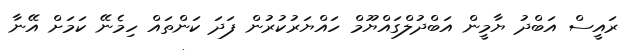
ރައީސް އަބްދު ޔާމީން އަބްދުލްގައްޔޫމް ހައްޔަރުކުރުން ފަދަ ކަންތައް ހިމެނޭ ކަމަށް އޭނާ